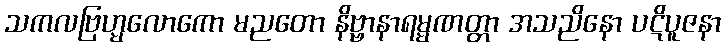
သကလဗြဟ္မလောကော မညတော နိဗ္ဗာနာရမ္မဏတ္တာ အသညိနော ပဋိပူဇနာ